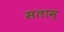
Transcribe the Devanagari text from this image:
सताम्